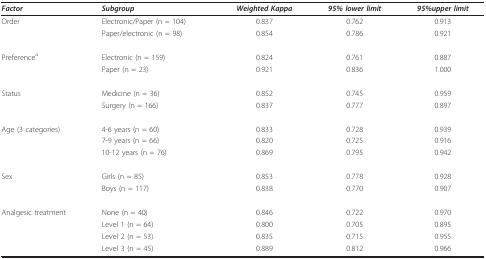
<table><thead><tr><td><b><i>Factor</i></b></td><td><b><i>Subgroup</i></b></td><td><b><i>Weighted Kappa</i></b></td><td><b><i>95% lower limit</i></b></td><td><b><i>95%upper limit</i></b></td></tr></thead><tbody><tr><td>Order</td><td>Electronic/Paper (n = 104)</td><td>0.837</td><td>0.762</td><td>0.913</td></tr><tr><td></td><td>Paper/electronic (n = 98)</td><td>0.854</td><td>0.786</td><td>0.921</td></tr><tr><td>Preference<sup>a</sup></td><td>Electronic (n = 159)</td><td>0.824</td><td>0.761</td><td>0.887</td></tr><tr><td></td><td>Paper (n = 23)</td><td>0.921</td><td>0.836</td><td>1.000</td></tr><tr><td>Status</td><td>Medicine (n = 36)</td><td>0.852</td><td>0.745</td><td>0.959</td></tr><tr><td></td><td>Surgery (n = 166)</td><td>0.837</td><td>0.777</td><td>0.897</td></tr><tr><td>Age (3 categories)</td><td>4-6 years (n = 60)</td><td>0.833</td><td>0.728</td><td>0.939</td></tr><tr><td></td><td>7-9 years (n = 66)</td><td>0.820</td><td>0.725</td><td>0.916</td></tr><tr><td></td><td>10-12 years (n = 76)</td><td>0.869</td><td>0.795</td><td>0.942</td></tr><tr><td>Sex</td><td>Girls (n = 85)</td><td>0.853</td><td>0.778</td><td>0.928</td></tr><tr><td></td><td>Boys (n = 117)</td><td>0.838</td><td>0.770</td><td>0.907</td></tr><tr><td>Analgesic treatment</td><td>None (n = 40)</td><td>0.846</td><td>0.722</td><td>0.970</td></tr><tr><td></td><td>Level 1 (n = 64)</td><td>0.800</td><td>0.705</td><td>0.895</td></tr><tr><td></td><td>Level 2 (n = 53)</td><td>0.835</td><td>0.715</td><td>0.955</td></tr><tr><td></td><td>Level 3 (n = 45)</td><td>0.889</td><td>0.812</td><td>0.966</td></tr></tbody></table>